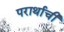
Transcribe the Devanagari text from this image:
परार्थाची